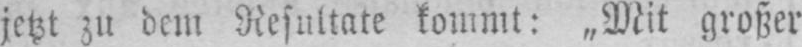
jetzt zu dem Resultate kommt: „Mit großer